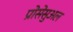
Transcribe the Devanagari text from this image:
प्रोसेसुअल